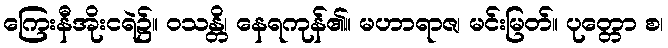
ကြေးနီအိုးငရဲ၌။ ဝသန္တိ၊ နေရကုန်၏။ မဟာရာဇ၊ မင်းမြတ်။ ပုတ္တော စ၊